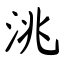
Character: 洮